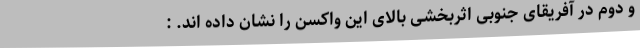
و دوم در آفریقای جنوبی اثربخشی بالای این واکسن را نشان داده اند. :